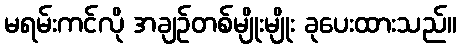
မရမ်းကင်လို အချဉ်တစ်မျိုးမျိုး ခုပေးထားသည်။